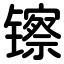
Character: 镲